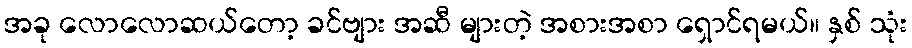
အခု လောလောဆယ်တော့ ခင်ဗျား အဆီ များတဲ့ အစားအစာ ရှောင်ရမယ်။ နှစ် သုံး